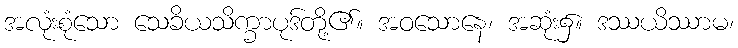
အလုံးစုံသော သေခိယသိက္ခာပုဒ်တို့၏။ အဝသောနေ၊ အဆုံး၌။ ဒဿယိဿာမ၊